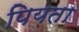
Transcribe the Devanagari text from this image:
पियता